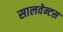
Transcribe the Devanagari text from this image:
सालवेन्टस